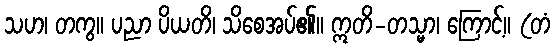
သဟ၊ တကွ။ ပညာ ပိယတိ၊ သိစေအပ်၏။ ဣတိ-တသ္မာ၊ ကြောင့်။ (တံ